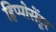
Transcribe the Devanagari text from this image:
हिप्पोसेंटूर